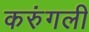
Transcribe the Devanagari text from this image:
करुंगली